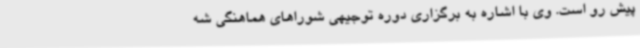
پیش رو است. وی با اشاره به برگزاری دوره توجیهی شوراهای هماهنگی شه